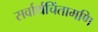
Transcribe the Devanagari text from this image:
सर्वार्थचिंतामणि